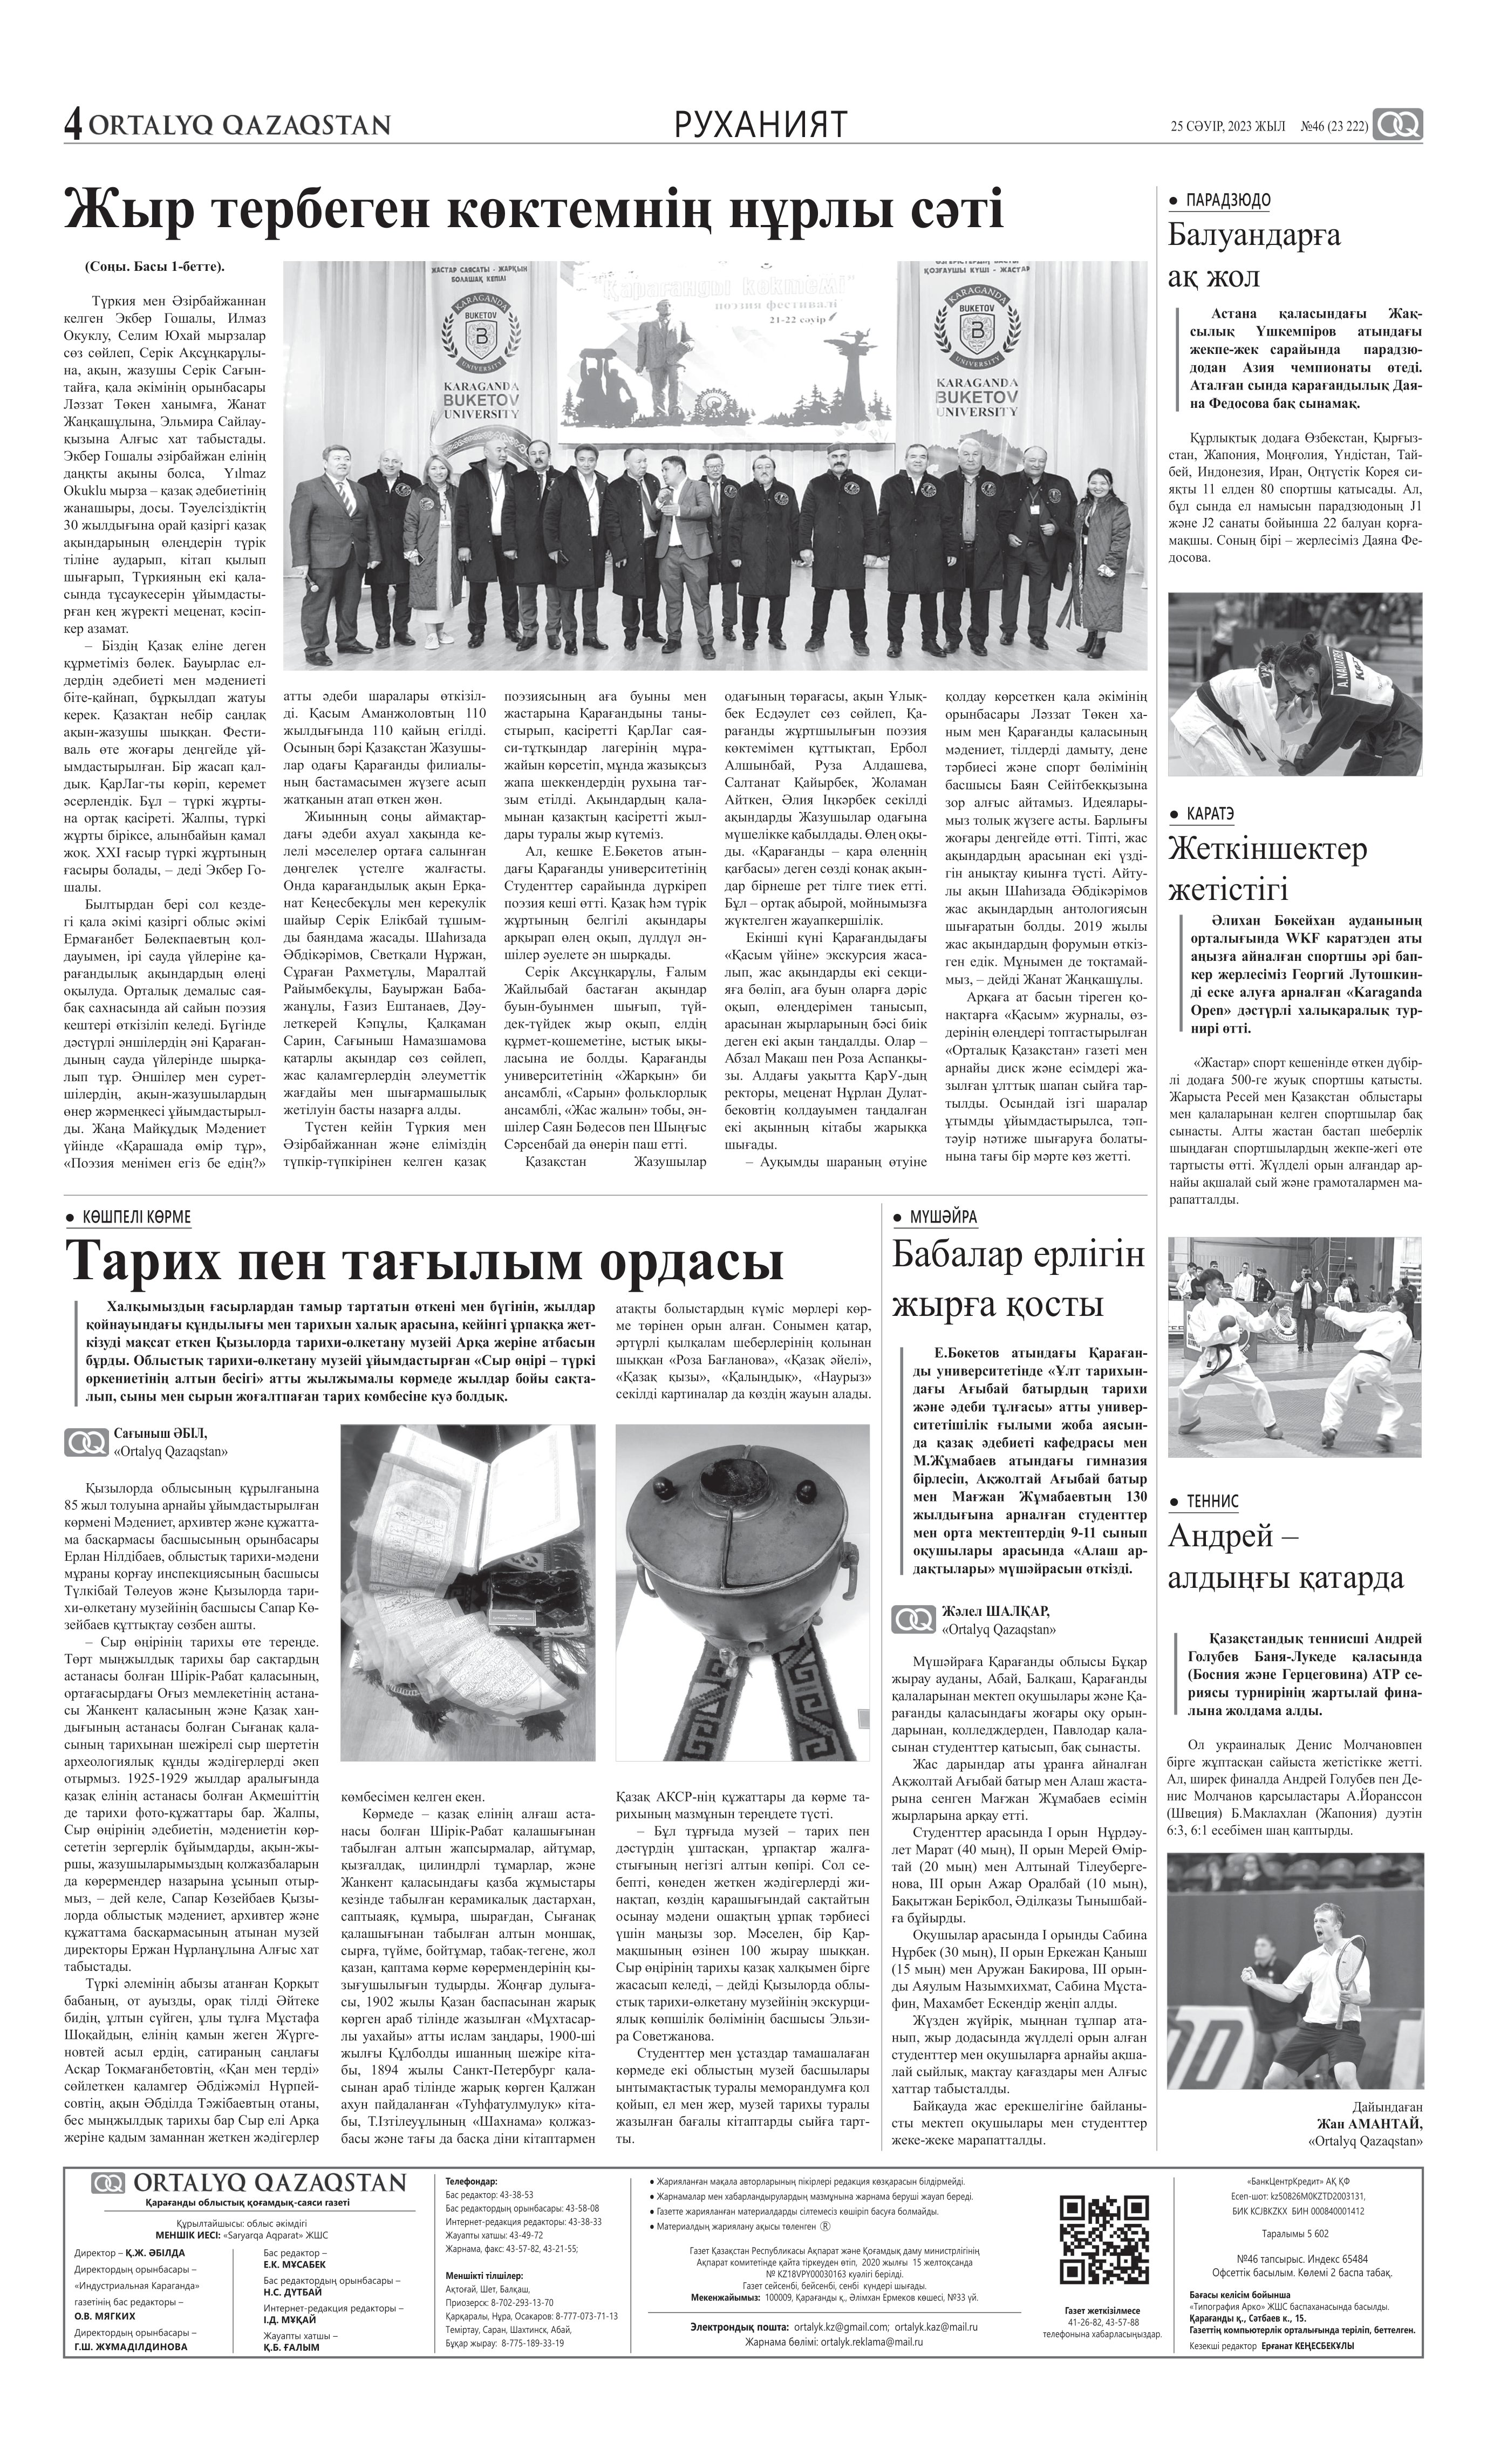
Language: kk